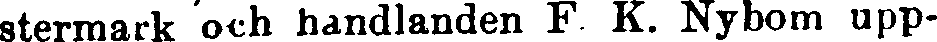
stermark och handlanden F. K. Nybom upp-